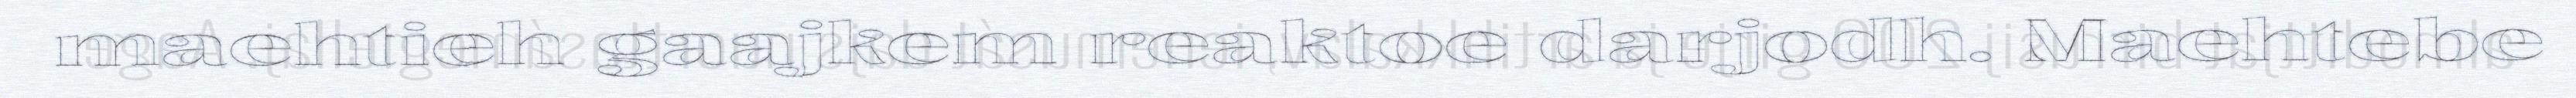
maehtieh gaajkem reaktoe darjodh. Maehtebe